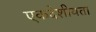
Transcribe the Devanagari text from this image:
एकदेशीयता